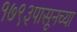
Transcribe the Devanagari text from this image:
१७९३पासूनच्या